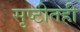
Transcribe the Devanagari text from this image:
सृष्टीतही